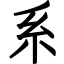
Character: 系